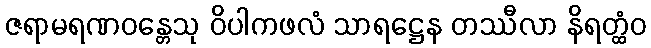
ဇရာမရဏဝန္တေသု ဝိပါကဖလံ သာရဋ္ဌေန တဿီလာ နိရတ္ထံဝ